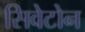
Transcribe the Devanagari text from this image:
सिवेटोन